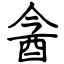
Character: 酓